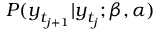
P ( \boldsymbol { y } _ { t _ { j + 1 } } | \boldsymbol { y } _ { t _ { j } } ; \beta , \alpha )